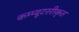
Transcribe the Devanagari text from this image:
कम्प्यूटररीकृत